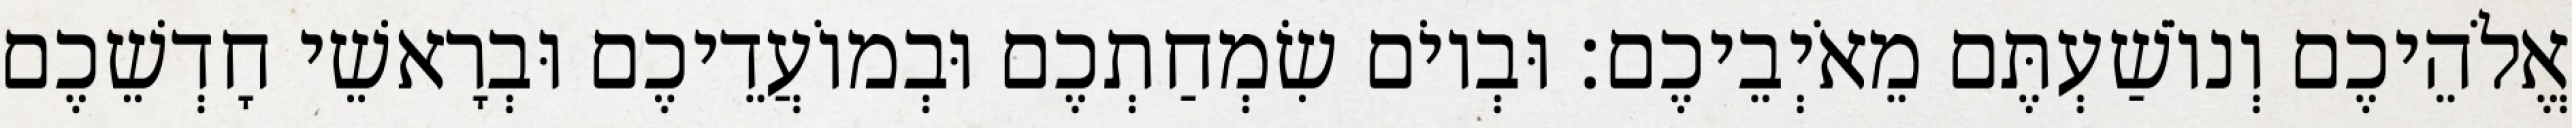
אֱלֹהֵיכֶם וְנוֹשַׁעְתֶּם מֵאֹיְבֵיכֶם׃ וּבְיוֹם שִׂמְחַתְכֶם וּבְמוֹעֲדֵיכֶם וּבְרָאשֵׁי חָדְשֵׁכֶם